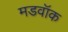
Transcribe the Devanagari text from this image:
मडवॉक